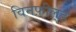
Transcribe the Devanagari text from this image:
विनफ़ील्‌ड